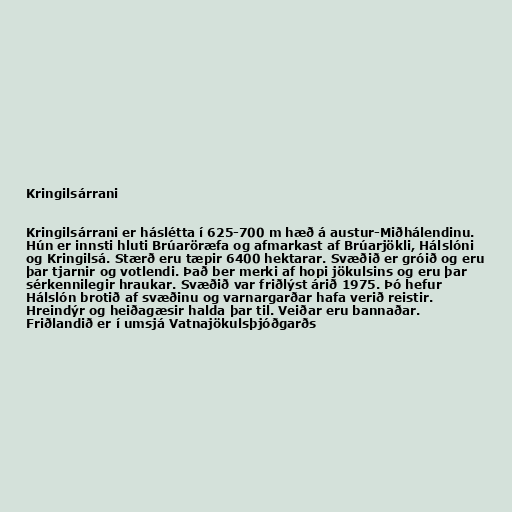
Kringilsárrani

Kringilsárrani er háslétta í 625-700 m hæð á austur-Miðhálendinu.
Hún er innsti hluti Brúaröræfa og afmarkast af Brúarjökli, Hálslóni
og Kringilsá. Stærð eru tæpir 6400 hektarar. Svæðið er gróið og eru
þar tjarnir og votlendi. Það ber merki af hopi jökulsins og eru þar
sérkennilegir hraukar. Svæðið var friðlýst árið 1975. Þó hefur
Hálslón brotið af svæðinu og varnargarðar hafa verið reistir.
Hreindýr og heiðagæsir halda þar til. Veiðar eru bannaðar.
Friðlandið er í umsjá Vatnajökulsþjóðgarðs